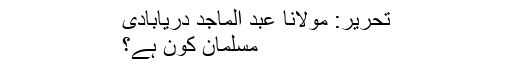
تحریر: مولانا عبد الماجد دریابادی
مسلمان کون ہے؟